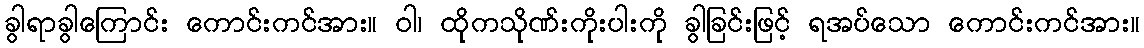
ခွါရာခွါကြောင်း ကောင်းကင်အား။ ဝါ၊ ထိုကသိုဏ်းကိုးပါးကို ခွါခြင်းဖြင့် ရအပ်သော ကောင်းကင်အား။